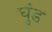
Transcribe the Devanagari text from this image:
घुंड